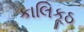
કાલિકૂઠ